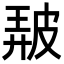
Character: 𤿰